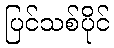
ပြင်သစ်ပိုင်